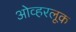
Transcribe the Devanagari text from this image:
ओव्हरलूक